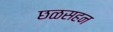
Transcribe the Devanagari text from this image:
छळसहन